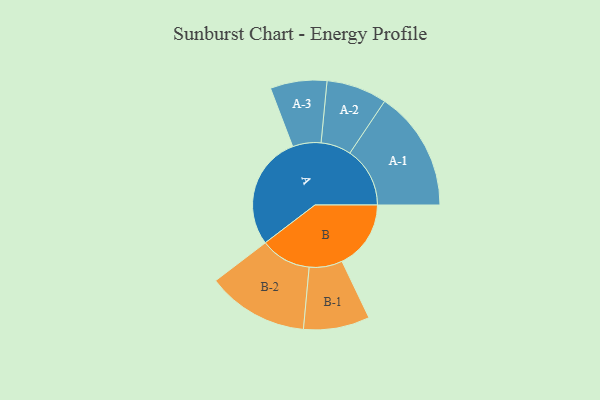
{"axis": {"x": "Segment", "y": "Value"}, "legend": ["", "A", "B"], "data": [{"x": "A", "y": 451, "type": ""}, {"x": "B", "y": 273, "type": ""}, {"x": "A-1", "y": 238, "type": "A"}, {"x": "A-2", "y": 120, "type": "A"}, {"x": "A-3", "y": 112, "type": "A"}, {"x": "B-1", "y": 131, "type": "B"}, {"x": "B-2", "y": 201, "type": "B"}]}